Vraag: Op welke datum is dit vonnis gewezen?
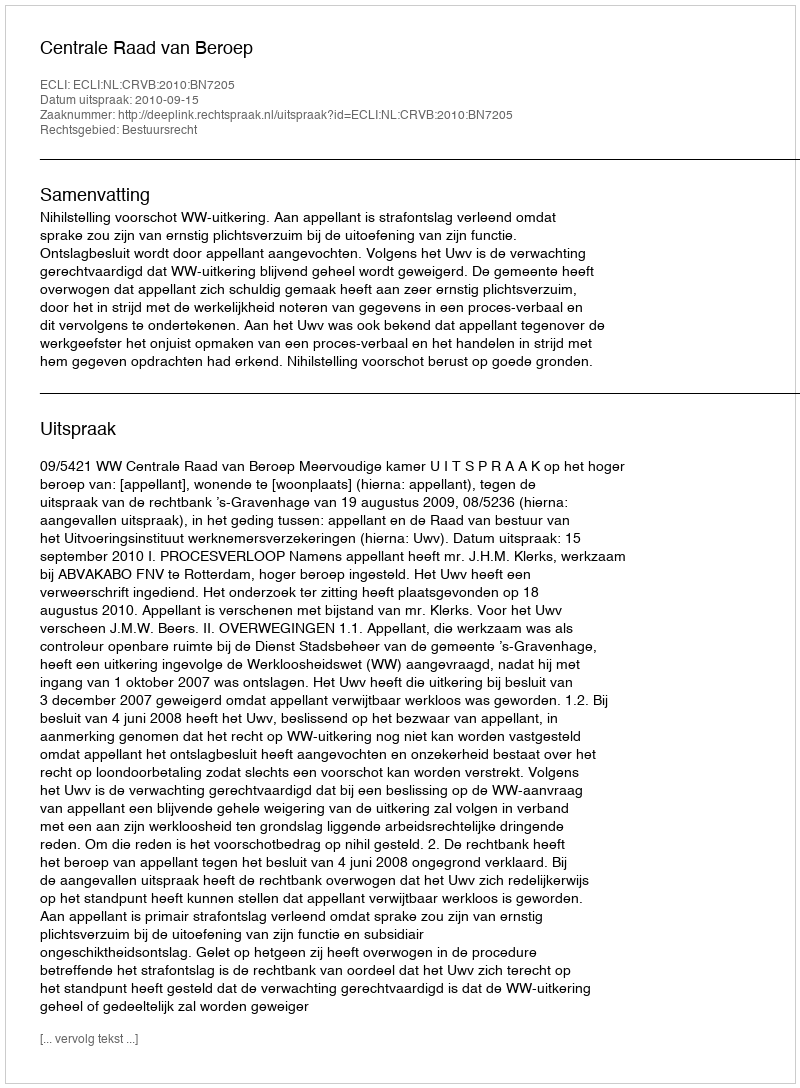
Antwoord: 2010-09-15